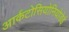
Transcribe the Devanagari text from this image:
आर्कटोसियोनियोडेई